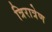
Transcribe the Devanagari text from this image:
त्रिरात्रेण